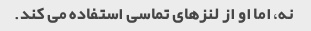
نه، اما او از لنزهای تماسی استفاده می کند.